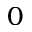
0